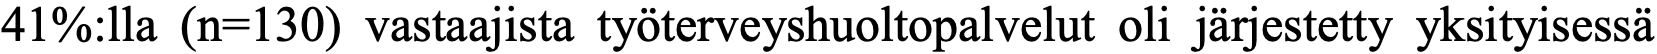
41%:lla (n=130) vastaajista työterveyshuoltopalvelut oli järjestetty yksityisessä